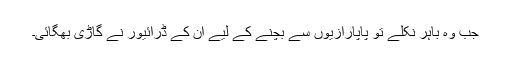
جب وہ باہر نکلے تو پاپارازیوں سے بچنے کے لیے ان کے ڈرائیور نے گاڑی بھگائی۔